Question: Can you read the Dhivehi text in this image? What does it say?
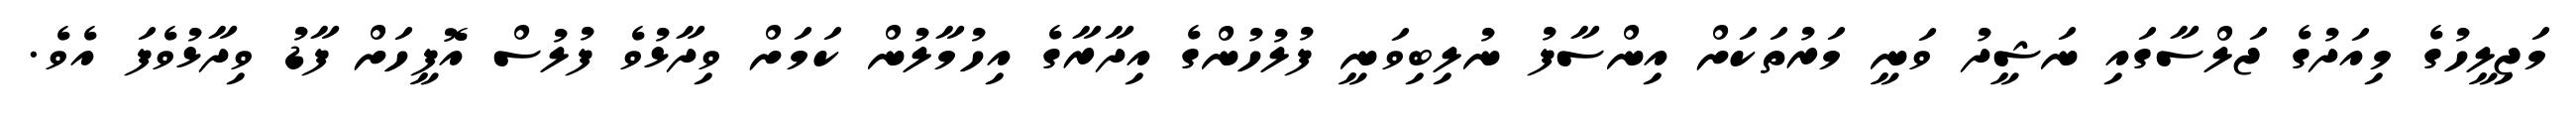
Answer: މަޖިިލީހުގެ މިއަދުގެ ޖަލްސާގައި ނަޝީދު ވަނީ މަރުތަކަށް އިންސާފު ނުލިބިވަނީ ފުލުހުންގެ އިދާރާގެ އިހުމާލުން ކަމަށް ވިދާޅުވެ ފުލުސް އޮފީހަށް ފާޑު ވިދާޅުވެފަ އެވެ.